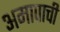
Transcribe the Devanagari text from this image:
अमापाची